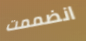
انضممت